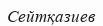
Сейтқазиев